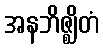
အနဘိဇ္ဈိတံ